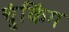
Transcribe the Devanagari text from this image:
चुंकिंग